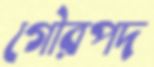
গৌরপদ